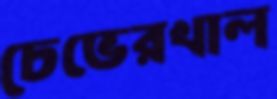
চেভেরখাল